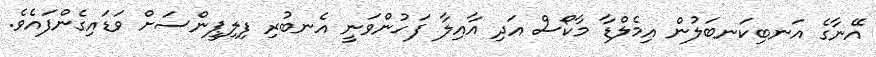
އޭނާގެ އަނބިކަނބަލުން އިމެލްޑާ މާކޯސް އަދި އާއިލާ ފަހުންވަނީ އެނބުރި ފިލިޕީންސަށް ވަޑައިގެންފައެވެ.